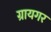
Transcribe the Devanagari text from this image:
ग्रायगर